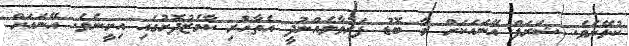
ކުޅޭށެވެ. ޝަރަފް އޭނައަކަށް މާ ބޮޑު ފަރުވާލެއްނުދީ އެތާހުރި ކާމެޒުދޮށުގައި އިށީނެވެ. އޭނައަށް